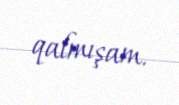
qalmışam.